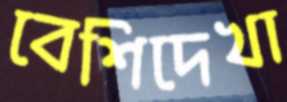
বেশিদেখা